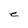
Character: e